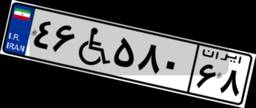
۴۶W۵۸۰۶۸